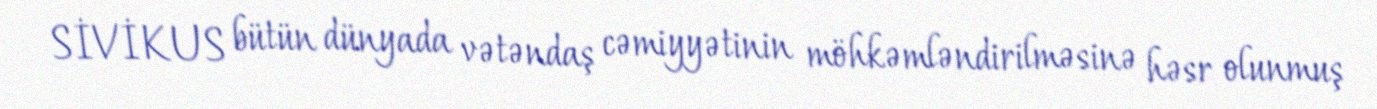
SİVİKUS bütün dünyada vətəndaş cəmiyyətinin möhkəmləndirilməsinə həsr olunmuş